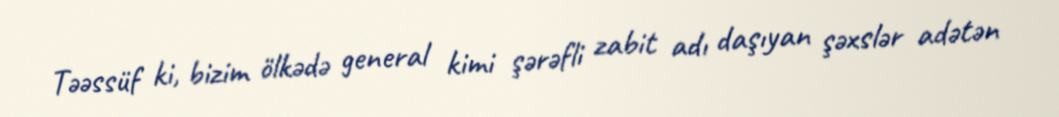
Təəssüf ki, bizim ölkədə general kimi şərəfli zabit adı daşıyan şəxslər adətən